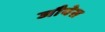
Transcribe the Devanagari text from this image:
जौयेस